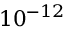
1 0 ^ { - 1 2 }